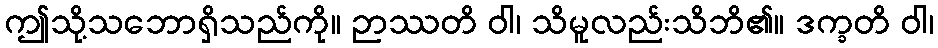
ဤသို့သဘောရှိသည်ကို။ ဉာဿတိ ဝါ၊ သိမူလည်းသိဘိ၏။ ဒက္ခတိ ဝါ၊